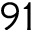
9 1